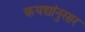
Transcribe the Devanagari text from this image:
कयद्यांनुसार